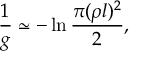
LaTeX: \frac { 1 } { g } \simeq - \ln \frac { \pi ( \rho l ) ^ { 2 } } { 2 } ,